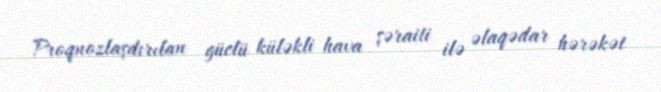
Proqnozlaşdırılan güclü küləkli hava şəraiti ilə əlaqədar hərəkət